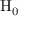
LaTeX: \mathrm { H } _ { 0 }